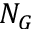
N _ { G }